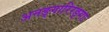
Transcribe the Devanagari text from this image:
अनङ्गारिरङ्गाः